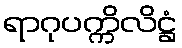
ရာဂုပက္ကိလိဋ္ဌံ